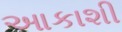
આકાશી